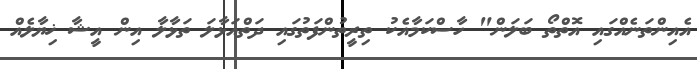
އެއިންތަނެއްގައި އޮތްތޯ ބަލަން" ހާސްކަމާއެކު ތިރީތުންފަތުގައި ދަތްއަޅާލަ ތަޅާލާ އިން އީޝާ ޚިޔާލެއް